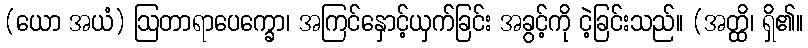
(ယော အယံ) ဩတာရာပေက္ခော၊ အကြင်နှောင့်ယှက်ခြင်း အခွင့်ကို ငဲ့ခြင်းသည်။ (အတ္ထိ၊ ရှိ၏။